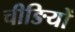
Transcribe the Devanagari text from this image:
चीङियों